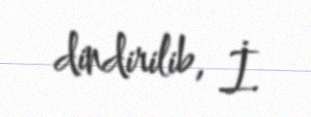
dindirilib, İ.